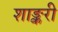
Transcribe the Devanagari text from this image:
शाङ्करी